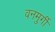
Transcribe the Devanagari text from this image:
वनमुर्गी